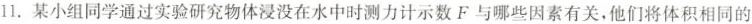
11.某小组同学通过实验研究物体浸没在水中时测力计示数F与哪些因素有关，他们将体积相同